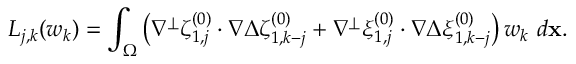
L _ { j , k } ( w _ { k } ) = \int _ { \Omega } \left( \nabla ^ { \perp } \zeta _ { 1 , j } ^ { ( 0 ) } \cdot \nabla \Delta \zeta _ { 1 , k - j } ^ { ( 0 ) } + \nabla ^ { \perp } \xi _ { 1 , j } ^ { ( 0 ) } \cdot \nabla \Delta \xi _ { 1 , k - j } ^ { ( 0 ) } \right) w _ { k } ~ d \mathbf { x } .